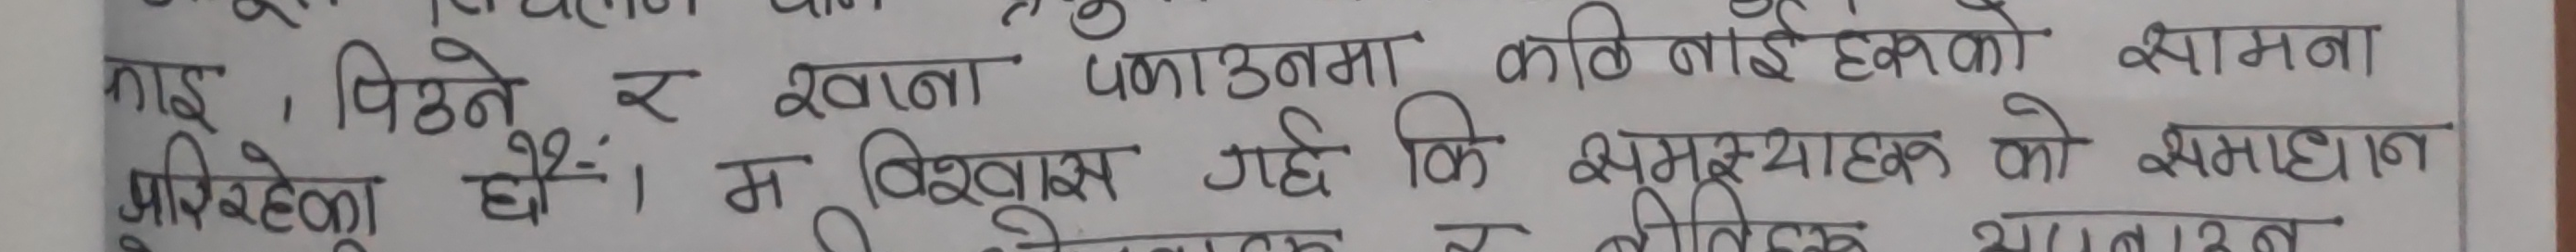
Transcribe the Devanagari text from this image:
माइ, पिउने र खाना पकाउनमा कठिनाई हरुको सामना
1
अरिरहेका हौं। म विश्वास गर्छ कि समस्याहरू को समाधान